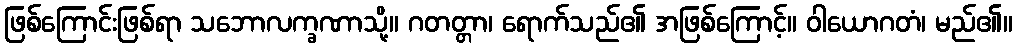
ဖြစ်ကြောင်းဖြစ်ရာ သဘောလက္ခဏာသို့။ ဂတတ္တာ၊ ရောက်သည်၏ အဖြစ်ကြောင့်။ ဝါယောဂတံ၊ မည်၏။